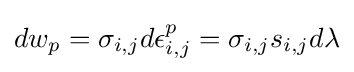
dw_{p}={\sigma }_{i,j}d{\epsilon }_{i,j}^{p}={\sigma }_{i,j}s_{i,j}d{\lambda }